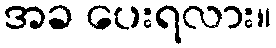
အခ ပေးရလား။